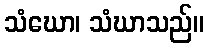
သံဃော၊ သံဃာသည်။